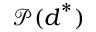
\boldsymbol { \mathcal { P } } ( \boldsymbol { d } ^ { * } )